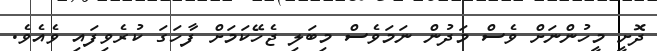
ދޮށީ މީހުންނަށް ވެސް މަދުން ނަމަވެސް މިބަލި ޖެހޭކަމަށް ފާހަގަ ކުރެވިފައި ވެއެވެ.